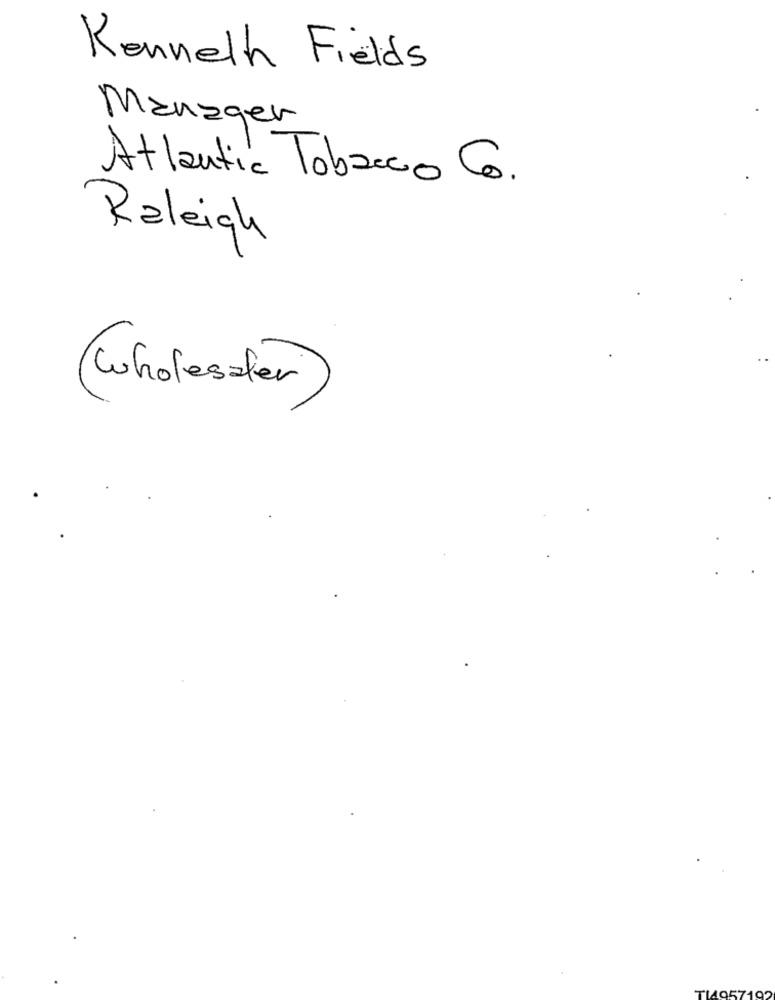
Kenneth Fields
Manager
Atlantic Tobacco Co.
Raleigh
Wholesaler)
TI957192